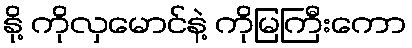
နို့ ကိုလှမောင်နဲ့ ကိုမြကြီးကော